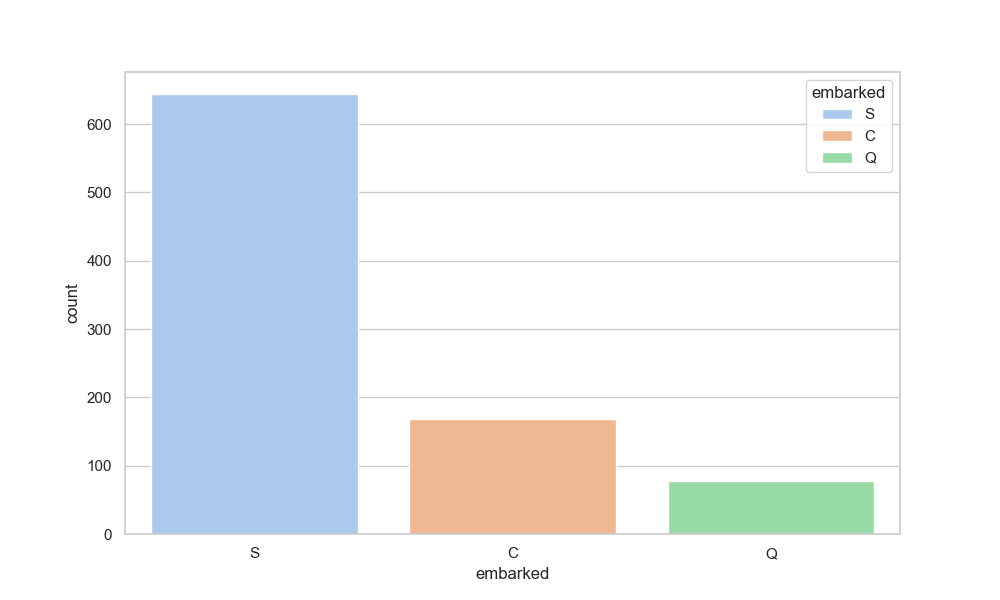
python, seaborn, countplot, x='embarked', palette='pastel', hue='embarked'